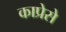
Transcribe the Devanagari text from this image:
काप्रेसे